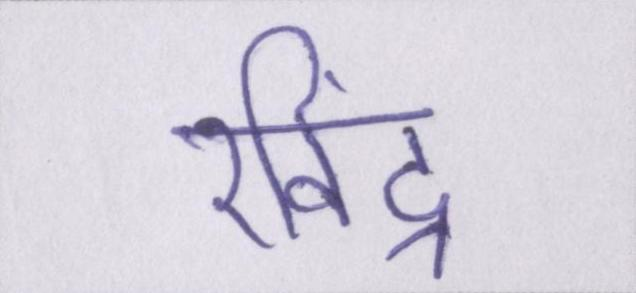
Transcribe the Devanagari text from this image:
रविंद्र